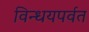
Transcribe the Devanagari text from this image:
विन्धयपर्वत